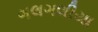
ગલગલીયા